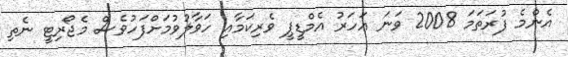
އެންމެ ފުރަތަމަ 2008 ވަނަ އަހަރު އެމްޑީޕީ ވެރިކަމާއި ހަވާލުވުމަށްފަހުވެސް މެޖޯރިޓީ ނެތި